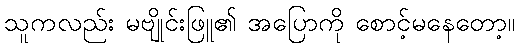
သူကလည်း မဗျိုင်းဖြူ၏ အပြောကို စောင့်မနေတော့။